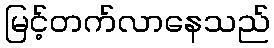
မြင့်တက်လာနေသည်